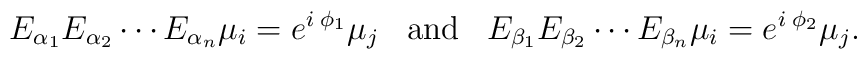
E_{\alpha_1}E_{\alpha_2}\cdots E_{\alpha_n} \mu_{i} = e^{i \; \phi_{1}} \mu_{j} \;\;\; \mbox{and}\;\;\; E_{\beta_1}E_{\beta_2}\cdots E_{\beta_n} \mu_{i} = e^{i \; \phi_{2}} \mu_{j} .